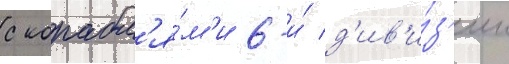
с корабл'я́м'и 6-и́ д'ив'и́з'ии